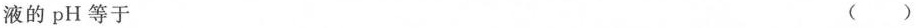
溶液的pH等于 （）